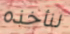
لنأخذه